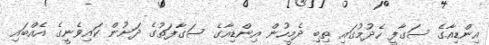
އިންޑިއާގެ ސަގާފީ ހެދުމުގައި ތިބި ދެމީހުން އިންޑިއާގެ ސަގާފަތުގެ ދަށުން ކައިވެނީގެ އެއްބައި